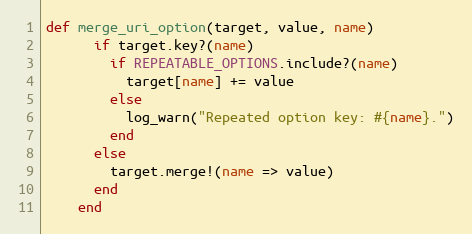
Language: Ruby
def merge_uri_option(target, value, name)
      if target.key?(name)
        if REPEATABLE_OPTIONS.include?(name)
          target[name] += value
        else
          log_warn("Repeated option key: #{name}.")
        end
      else
        target.merge!(name => value)
      end
    end